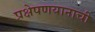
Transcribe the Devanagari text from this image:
प्रक्षेपणयानाची